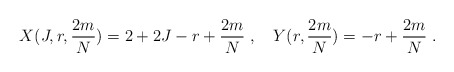
\begin{align*} X(J,r,{2m\over N}) = 2+2J-r+{2m\over N}\;, \quad Y(r,{2m\over N}) = -r+{2m\over N}\;.\end{align*}